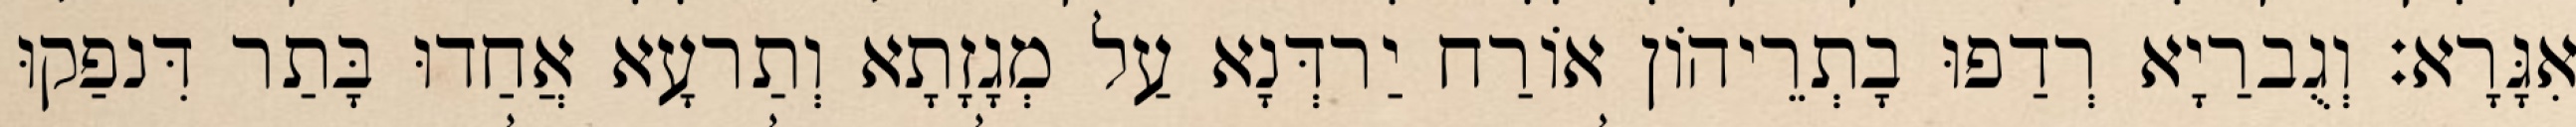
אִגָּרָא׃ וְגֻברַיָא רְדַפוּ בָתְרֵיהוֹן אוֹרַח יַרדְּנָא עַל מְגָזָתָא וְתַרעָא אֲחַדוּ בָּתַר דִּנפַקוּ